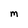
Character: m